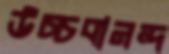
উচ্চবানন্দ